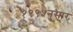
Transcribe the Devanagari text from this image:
१९९५नुसार